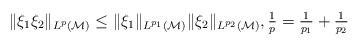
LaTeX: \begin{align*}\|\xi_1 \xi_2\|_{L^p(\mathcal M)} \leq \|\xi_1 \|_{L^{p_1}(\mathcal M)} \| \xi_2\|_{L^{p_2}(\mathcal M)}, \textstyle \frac{1}{p} =\frac{1}{p_1}+\frac{1}{p_2}\end{align*}